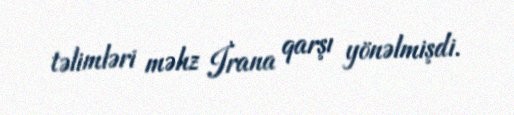
təlimləri məhz İrana qarşı yönəlmişdi.